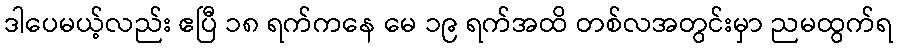
ဒါပေမယ့်လည်း ဧပြီ ၁၈ ရက်ကနေ မေ ၁၉ ရက်အထိ တစ်လအတွင်းမှာ ညမထွက်ရ